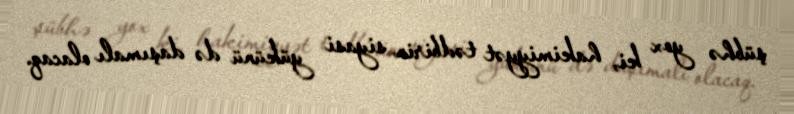
şübhə yox ki, hakimiyyət tədbirin siyasi yükünü də daşımalı olacaq.